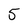
Character: 5